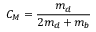
C _ { M } = \frac { m _ { d } } { 2 m _ { d } + m _ { b } }